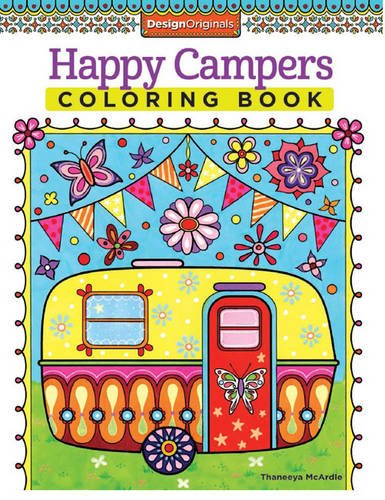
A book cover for Happy Campers Coloring Book (Design Originals) (Coloring Is Fun); Thaneeya McArdle; Humor & Entertainment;